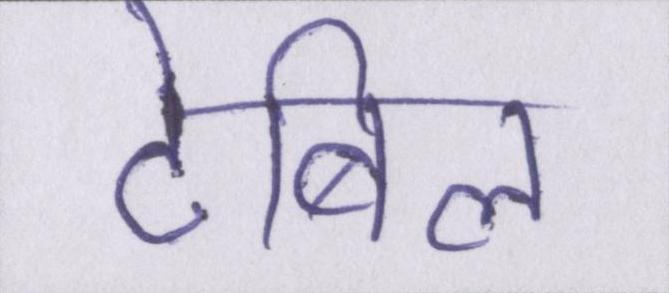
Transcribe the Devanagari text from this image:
टेबिल